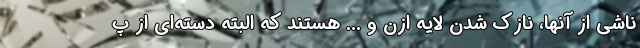
ناشی از آنها، نازک شدن لایه ازن و ... هستند که البته دسته‌ای از پ